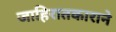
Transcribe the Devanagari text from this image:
जाहिरातकाराने